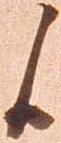
候